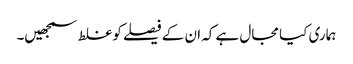
ہماری کیا مجال ہے کہ ان کے فیصلے کوغلط سمجھیں۔